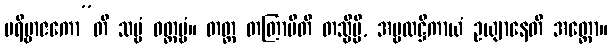
ပရိဗ္ဗာဇကော”တိ သဗ္ဗံ ဝတ္တဗ္ဗံ။ တတ္ထ တတြာပီတိ တသ္မိမ္ပိ, အမ္ဗလဋ္ဌိကာယံ ဥယျာနေတိ အတ္ထော။